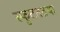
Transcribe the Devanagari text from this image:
स्फुटततया